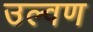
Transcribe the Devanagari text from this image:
उल्वण